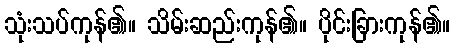
သုံးသပ်ကုန်၏။ သိမ်းဆည်းကုန်၏။ ပိုင်းခြားကုန်၏။